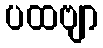
ပထဗျာ